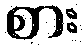
စား